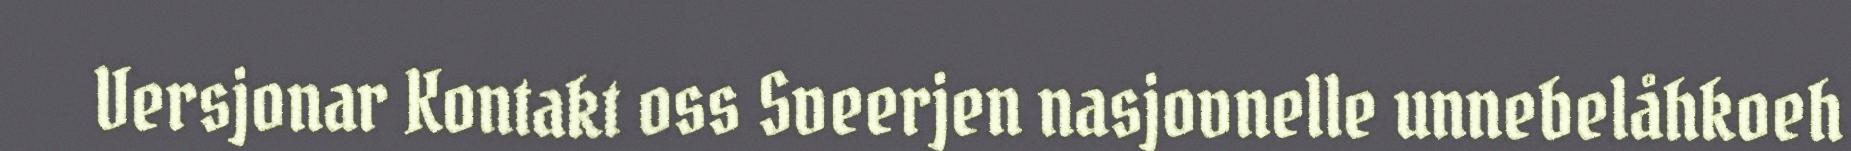
Versjonar Kontakt oss Sveerjen nasjovnelle unnebelåhkoeh